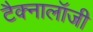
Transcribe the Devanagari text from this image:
टैक्नालॉजी